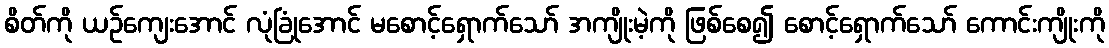
စိတ်ကို ယဉ်ကျေးအောင် လုံခြုံအောင် မစောင့်ရှောက်သော် အကျိုးမဲ့ကို ဖြစ်စေ၍ စောင့်ရှောက်သော် ကောင်းကျိုးကို